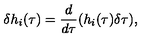
\delta h _ { i } ( \tau ) = \frac { d } { d \tau } ( h _ { i } ( \tau ) \delta \tau ) ,